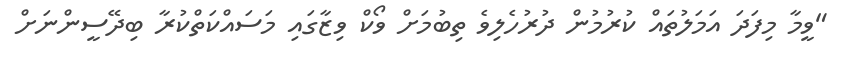
"ވީމާ މިފަދަ އަމަލުތައް ކުރުމުން ދުރުހެލިވެ ތިބުމަށް ވޯކް ވިޒާގައި މަސައްކަތްކުރާ ބިދޭސީންނަށް